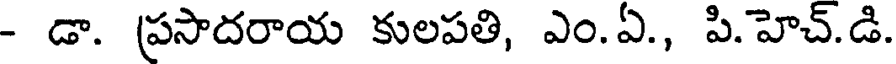
- డా. ప్రసాదరాయ కులపతి, ఎం.ఏ., పి.హెచ్.డి.